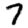
Digit: 7